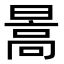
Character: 暠